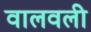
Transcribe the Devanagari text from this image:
वालवली